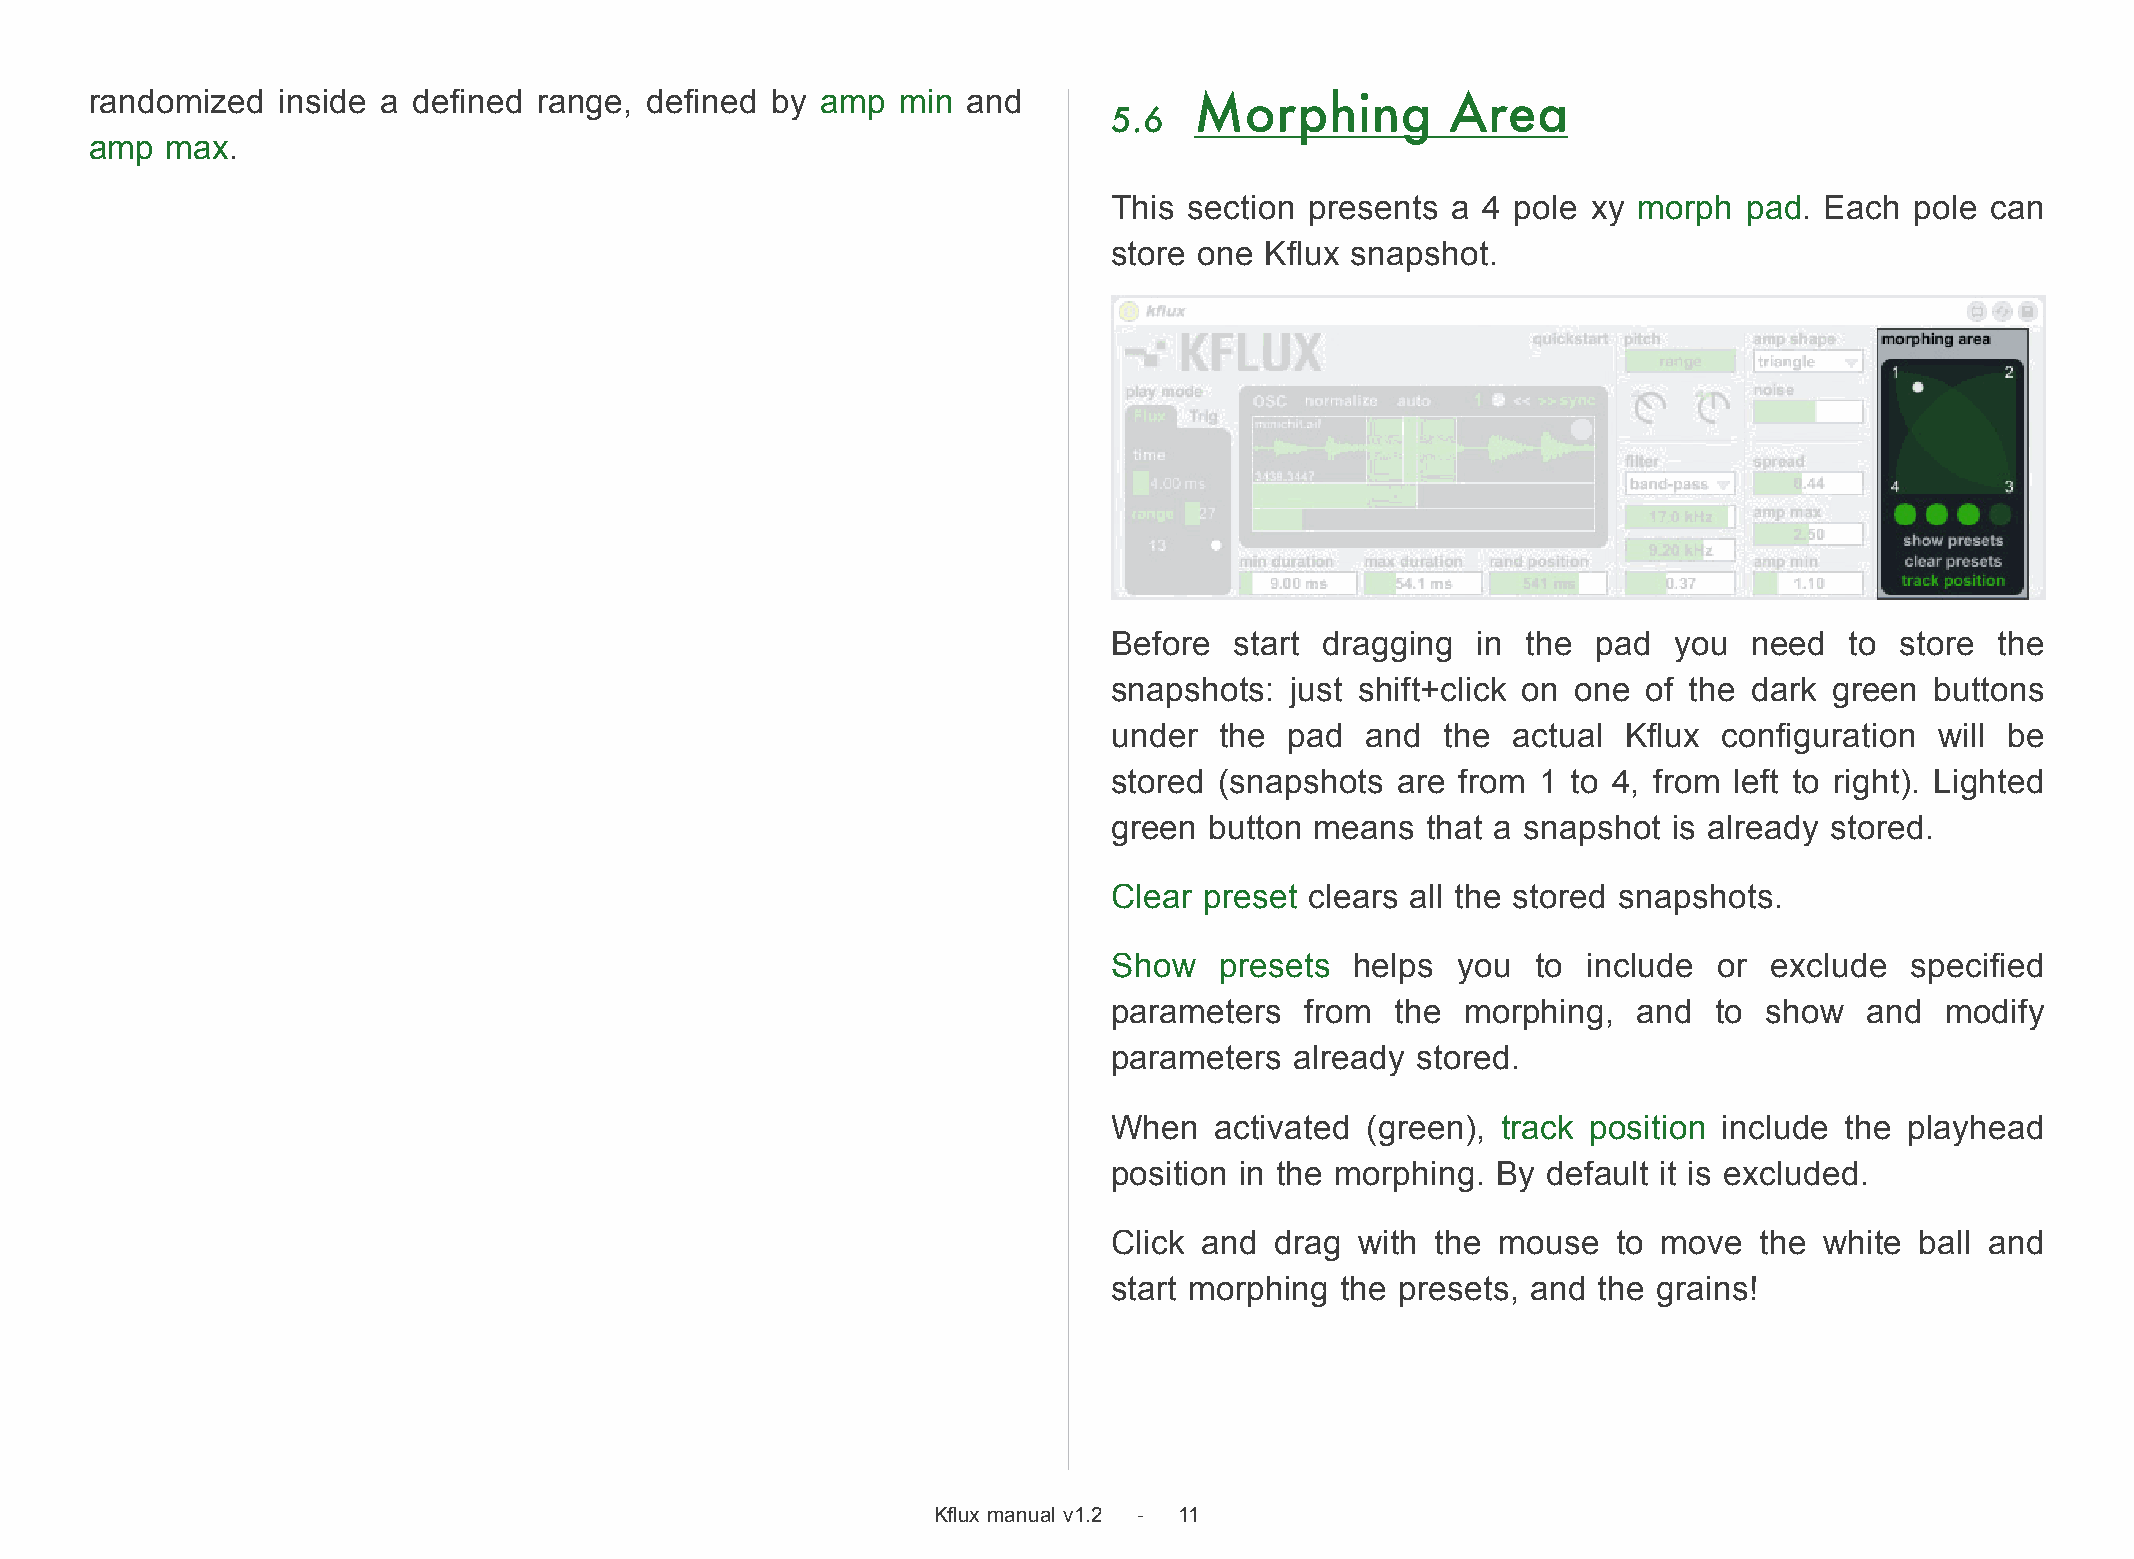
randomized  inside a defined  range, defined by amp  min  and            Morphing         Area
 5.6
 amp  max.
 This section presents a 4 pole xy morph   pad. Each  pole can
 store one Kflux snapshot.
 Before  start dragging  in the  pad  you  need  to  store the
 snapshots: just shift+click on one of the dark green  buttons
 under  the pad  and   the actual  Kflux configuration will be
 stored (snapshots  are from 1 to 4, from left to right). Lighted
 green button means  that a snapshot  is already stored.
 Clear preset clears all the stored snapshots.
 Show   presets  helps you   to include  or exclude   specified
 parameters  from  the  morphing,  and   to show   and  modify
 parameters  already stored.
 When  activated (green), track position include the playhead
 position in the morphing. By default it is excluded.
 Click and drag  with the mouse   to move   the white ball and
 start morphing the presets, and the grains!
 Kflux manual v1.2 - 11